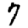
Digit: 7